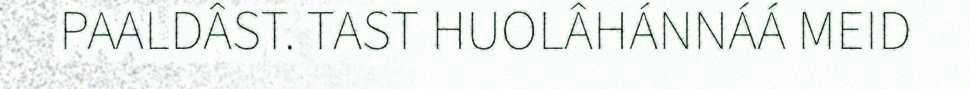
PAALDÂST. TAST HUOLÂHÁNNÁÁ MEID